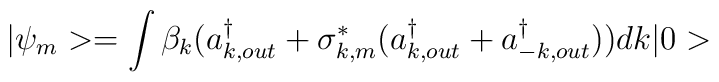
|\psi_m> = \int \beta_k (a_{k,out}^\dagger +\sigma^*_{k,m}(a^\dagger_{k,out}+a^\dagger_{-k,out})) dk |0>